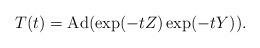
LaTeX: \begin{align*} T(t)=\operatorname{Ad}(\exp(-tZ)\exp(-tY)).\end{align*}